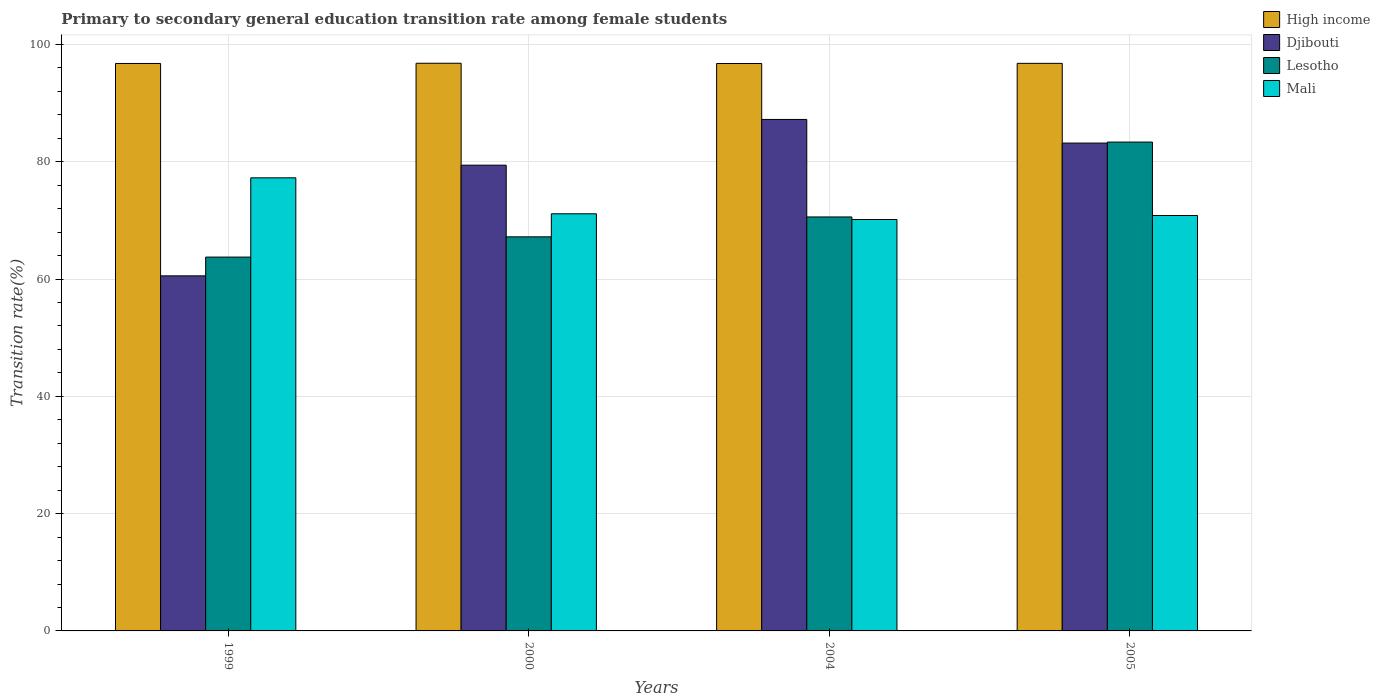
| Years | High income | Djibouti | Lesotho | Mali |
 | --- | --- | --- | --- | --- |
 | 1999 | 96.8 | 60.5 | 63.7 | 77.3 |
 | 2000 | 96.8 | 79.4 | 67.2 | 71.1 |
 | 2004 | 96.8 | 87.2 | 70.6 | 70.2 |
 | 2005 | 96.8 | 83.2 | 83.4 | 70.8 |